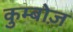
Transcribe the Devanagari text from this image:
कुम्बोज़